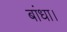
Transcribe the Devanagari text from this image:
बांधा।